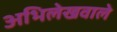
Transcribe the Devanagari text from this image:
अभिलेखवाले